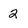
Character: 2